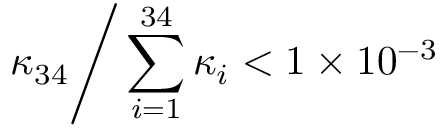
{ \kappa _ { 3 4 } } \mathord { \left/ { \vphantom { \kappa _ { 3 4 } \sum _ { i = 1 } ^ { 3 4 } \kappa _ { i } } } \right. \kern - \nulldelimiterspace } \sum _ { i = 1 } ^ { 3 4 } \kappa _ { i } < 1 \times 1 0 ^ { - 3 }